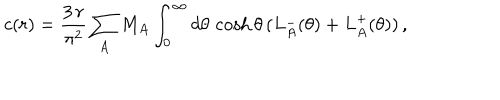
c ( r ) = \frac { 3 \, r } { \pi ^ { 2 } } \sum _ { A } M _ { A } \int _ { 0 } ^ { \infty } d \theta \, \cosh \theta \, ( L _ { A } ^ { - } ( \theta ) + L _ { A } ^ { + } ( \theta ) ) \, ,